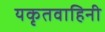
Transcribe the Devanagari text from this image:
यकृतवाहिनी